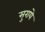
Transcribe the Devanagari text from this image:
सुराये